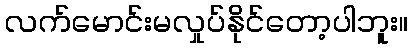
လက်မောင်းမလှုပ်နိုင်တော့ပါဘူး။